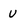
Character: v